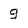
Character: g